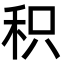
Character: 积